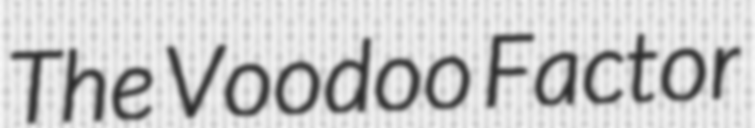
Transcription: The Voodoo Factor